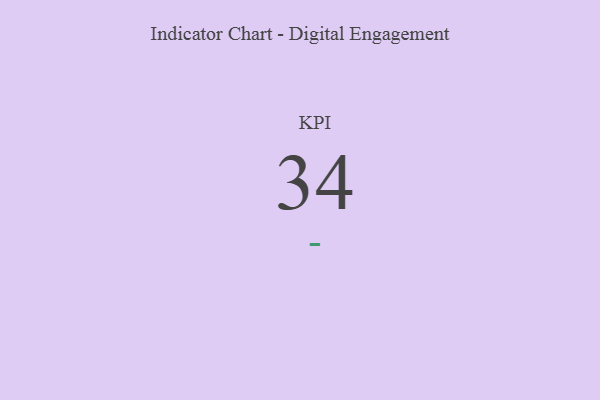
{"axis": {"x": "KPI", "y": "Value"}, "legend": [""], "data": [{"x": "KPI", "y": 34, "type": ""}]}